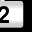
Digit: 2